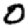
Digit: 0